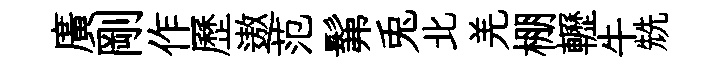
廣剛作歷遨范髴兎北羌棚轣牛兟